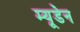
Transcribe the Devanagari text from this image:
म्यूडेन